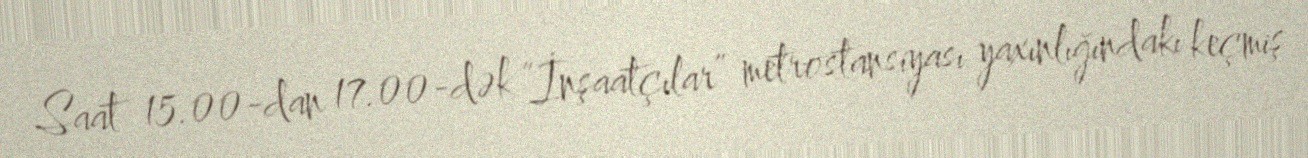
Saat 15.00-dan 17.00-dək “İnşaatçılar” metrostansiyası yaxınlığındakı keçmiş